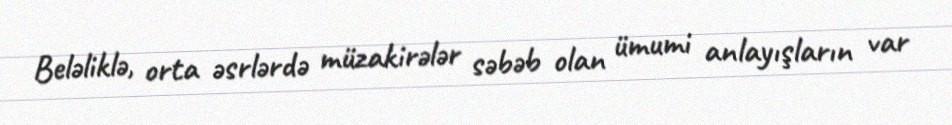
Beləliklə, orta əsrlərdə müzakirələr səbəb olan ümumi anlayışların var